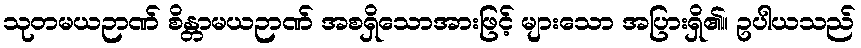
သုတမယဉာဏ် စိန္တာမယဉာဏ် အစရှိသောအားဖြင့် များသော အပြားရှိ၏။ ဥပါယသည်